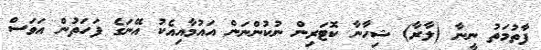
ފާތުމަތު ނީނާ (ލާރާ) ޝިހާނާ ކޮޓަރިން ނުކުންނަން އައުމާއިއެކު އޭނަގެ ފަހަތުން އަވަސް